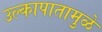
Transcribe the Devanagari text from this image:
उल्कापातामुळे